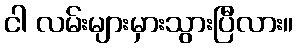
ငါ လမ်းများမှားသွားပြီလား။